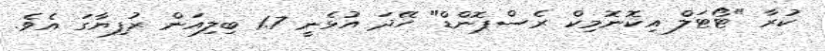
ކުރާ "ޓޯޓަލް އިކޮނޮމިކް ރެސްޕޮންޑް" ހޭދަ އުޅެނީ 1.7 ބިލިއަން ރުފިޔާގަ އެވެ.